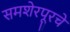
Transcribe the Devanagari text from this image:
समशेरपूरचे